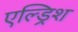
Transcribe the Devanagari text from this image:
एल्ड्रिश